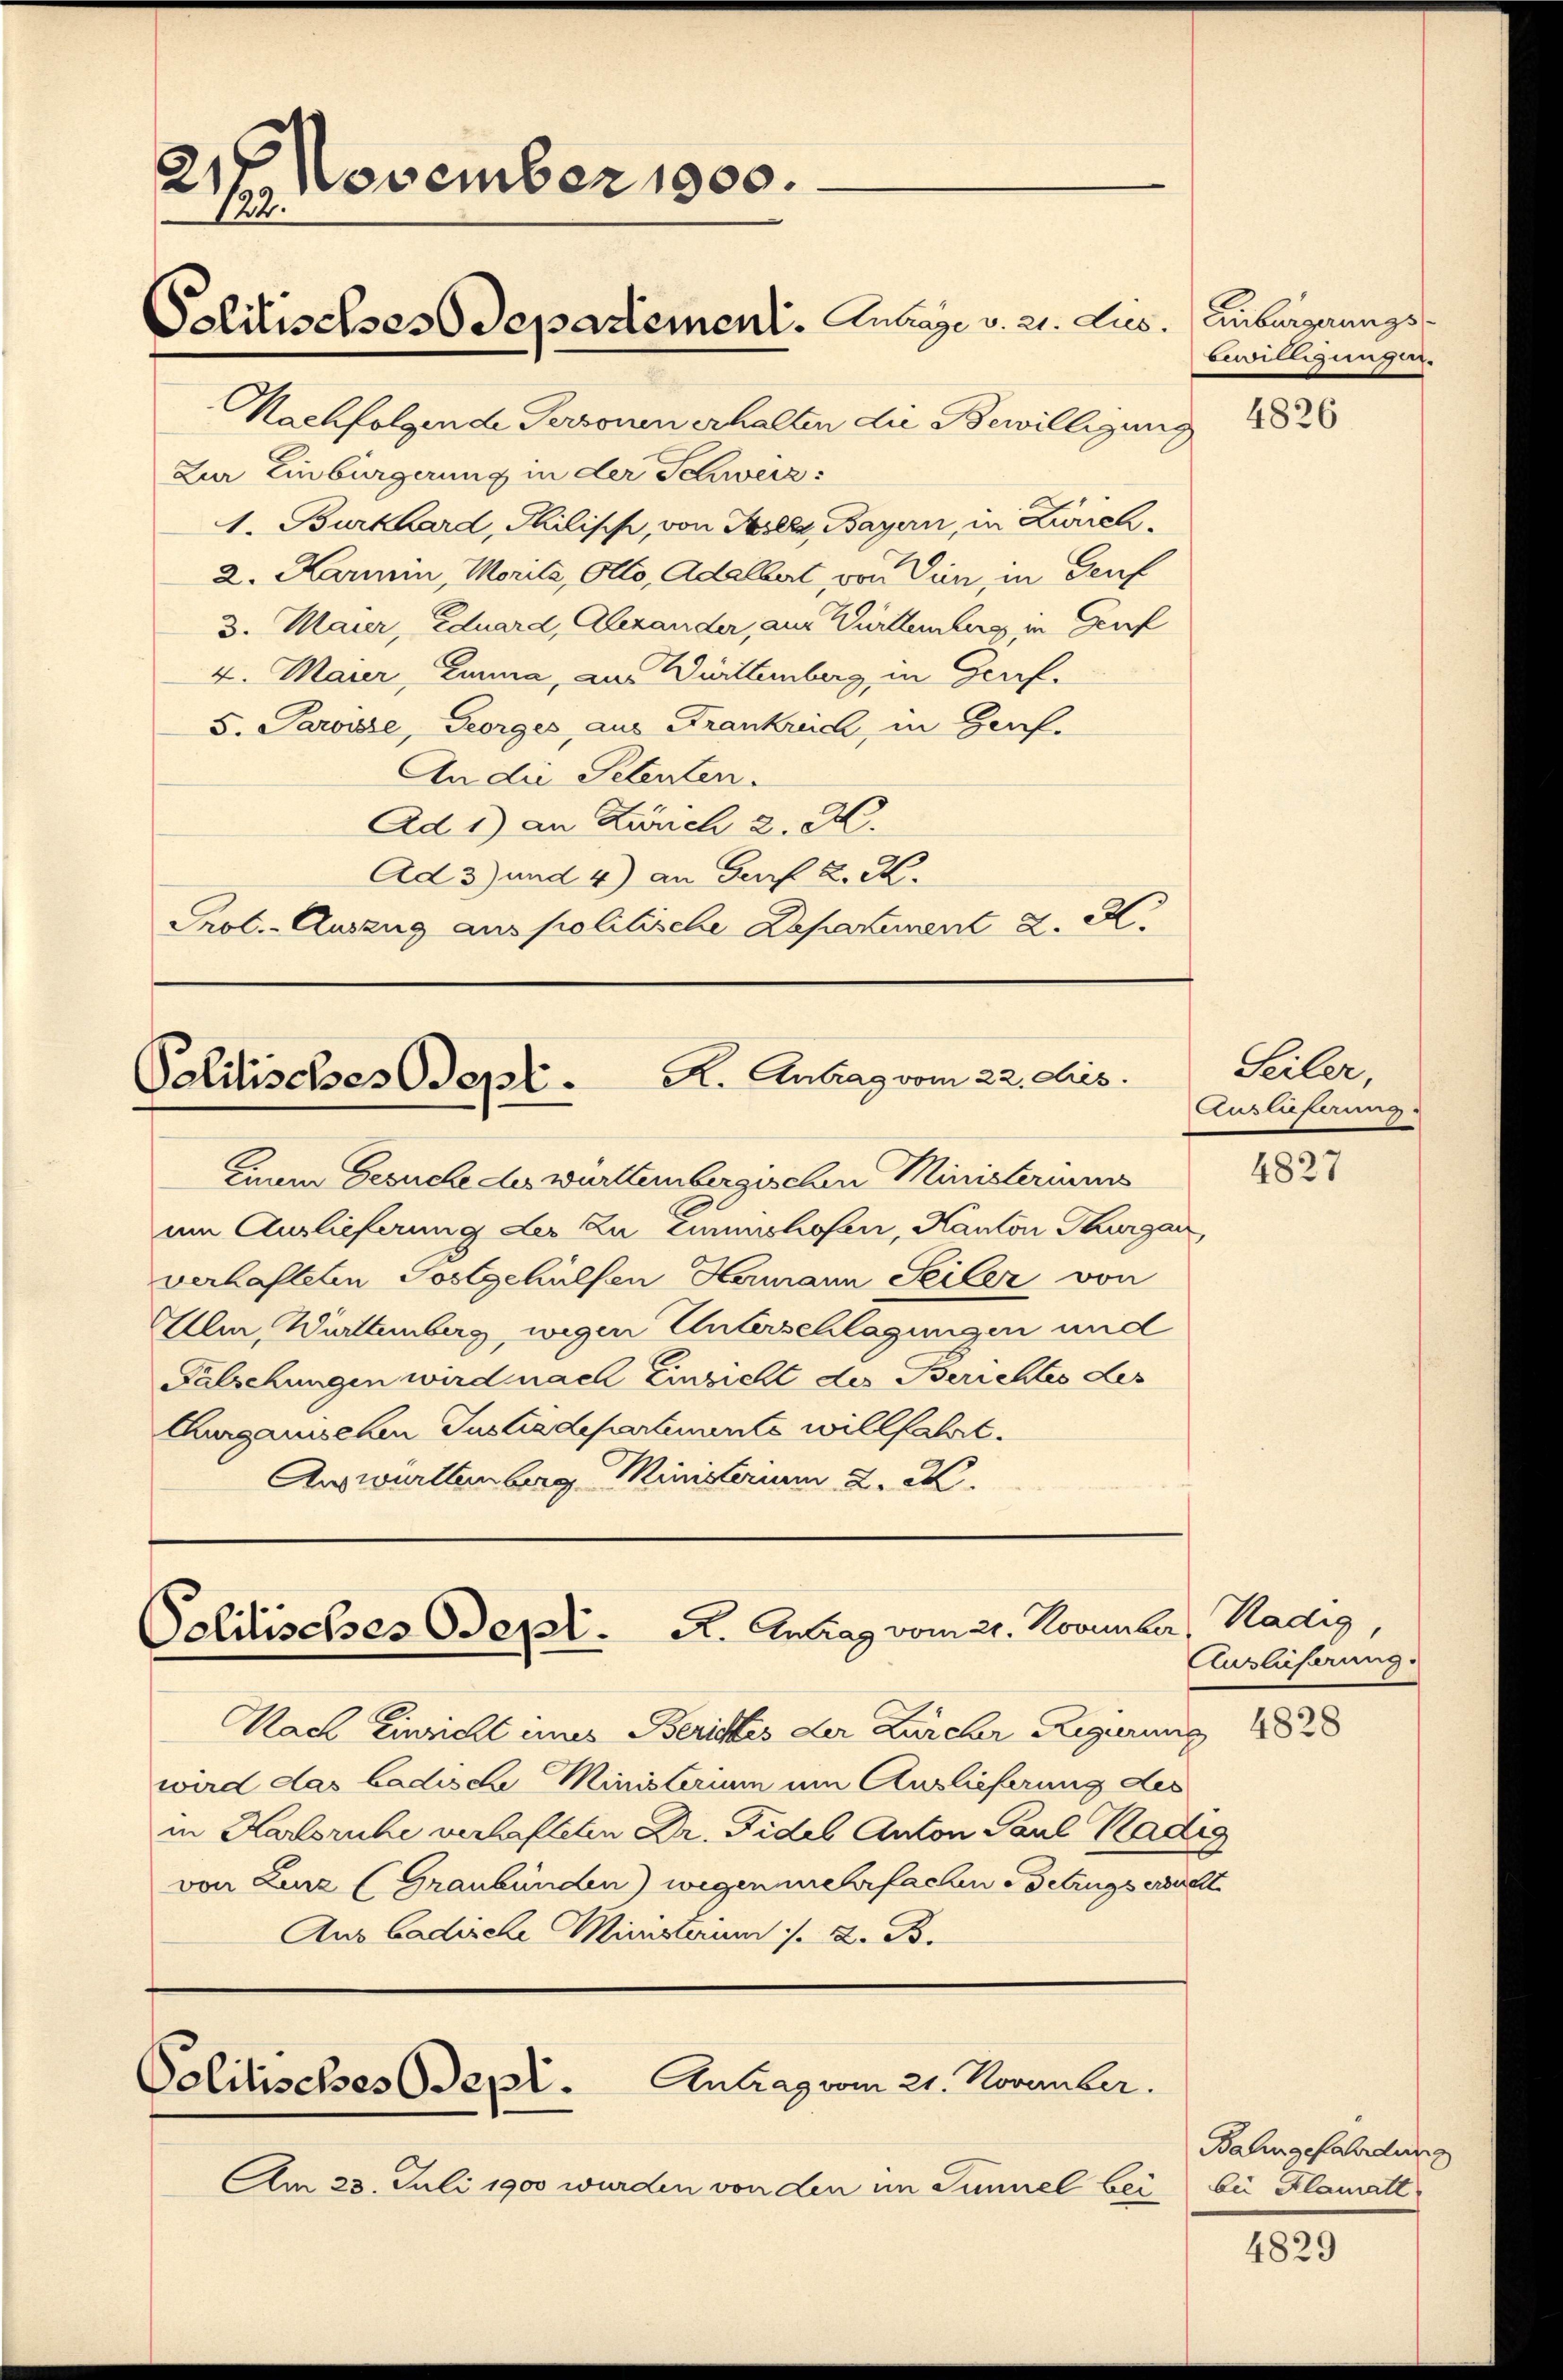
21 November 1900.
122.
Politisches Departement. Lubige v. 21. Jus

Nachfolgende Personen erhalten die Bewilligung
Zur Einbürgerung in der Schweiz:
1. Burkhard, Philipp, von Baselz, Bayern, in Zürch¬
2. Karmin, Morita, Otto, Adalbert, von Din, in Genf
3. Maier, Eduard, Abhander, aus Württemberg in Prof
4. Maier, Limma, aus Württemberg, in Graf.
5. Paroisse, Georges, aus Frankreich, in Herf.
An die Petenten.
Ad 1) an Zürich 2. K.
Ad 3) und 4) an Guf K. K.
Prot. - Auszug aus politische Deparient 2. M.

Politisches Sept. K. Antrag vom 22. ds.

Einem Gesuche des württembergischen Ministeriums
um Auslieferung der zu Eummshofen, Kanton Thurgau
verhafteten Postgehülfen Hermann Seiler von
Ulm, Württemberg, wegen Unterschlagungen und
Falschungen wird nach Einzicht des Berichtes des
Churganischen Instredepartemente willfahrt.
Auswürttenberg Ministerium 2. M.

Politisches Bepl. A. Antrag vom 21. Novembe

Nach Einricht eines Berichtes der Zürcher Regierung 18828
wird das badische Ministerium um Auslieferung des
in Karlsruhe verhafteten Dr. Fidel Anton Paul Hadig
von Zurz (Graubünden) wegen mehrfachene Betrugs ersucht
Aus Badische Ministerium /. 2. B.

Politisches Odepl. Antrag vom 21. November.

Am 23. Juli 1900 wurden von den im Summel bei bei Klamatt

Anbürgerungsbewilligungen.

Seiler,
Auslieferung

Radig
u
Auslieferung.

4826

4827

Balingefährdung

4829